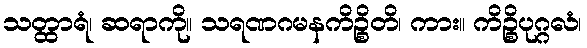
သတ္ထာရံ၊ ဆရာကို။ သရဏဂမနကိဉ္စိတိ၊ ကား။ ကိဉ္စိပုဂ္ဂလံ၊